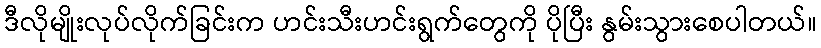
ဒီလိုမျိုးလုပ်လိုက်ခြင်းက ဟင်းသီးဟင်းရွက်တွေကို ပိုပြီး နွမ်းသွားစေပါတယ်။